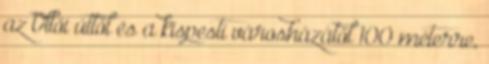
az Üllői úttól és a kispesti városházától 100 méterre,